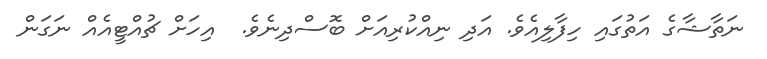
ނަތާޝާގެ އަތުގައި ހިފާލިއެވެ. އަދި ނިއްކުރިއަށް ބޮސްދިނެވެ.  އިހަށް ޗުއްޓީއެއް ނަގަން